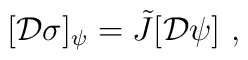
[{\cal D}\sigma]_{\psi} = \tilde J [{\cal D}\psi]\ ,